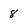
Character: 8